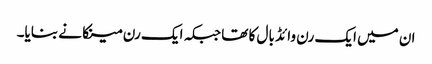
ان میں ایک رن وائڈ بال کا تھا جبکہ ایک رن مینکا نے بنایا۔